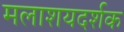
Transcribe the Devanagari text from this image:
मलाशयदर्शक